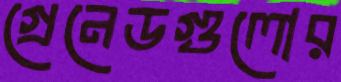
গ্রেনেডগুলোর